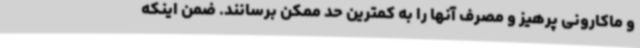
و ماکارونی پرهیز و مصرف آنها را به کمترین حد ممکن برسانند. ضمن اینکه